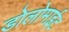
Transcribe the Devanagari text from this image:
डोलोमाईट